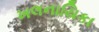
ખલનાયિકા